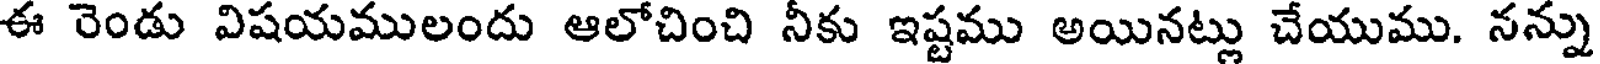
ఈ రెండు విషయములందు ఆలోచించి నీకు ఇష్టము అయినట్లు చేయుము. నన్ను